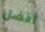
أفضل